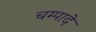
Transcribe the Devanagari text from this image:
चम्पादे